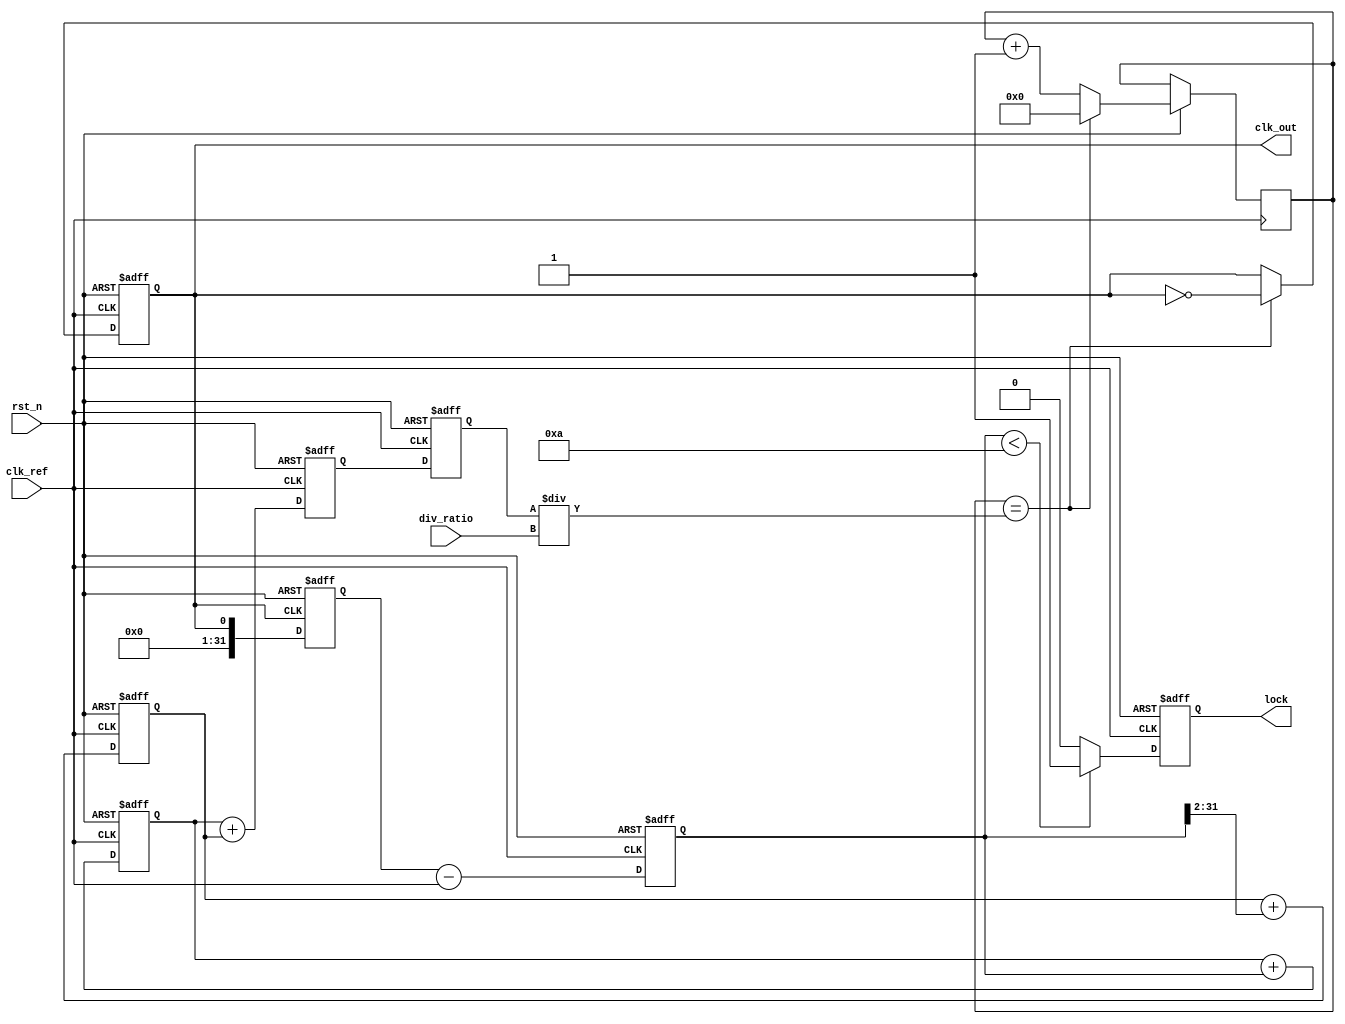
module dual_loop_pll (
    input wire clk_ref,          // Reference clock input
    input wire rst_n,           // Active low reset
    input wire [3:0] div_ratio, // Programmable division ratio
    output reg clk_out,         // Output clock
    output reg lock             // Lock indicator
);

    // Internal signals
    reg [31:0] phase_error;     // Phase error signal
    reg [31:0] coarse_filter;   // Coarse loop filter output
    reg [31:0] fine_filter;     // Fine loop filter output
    reg [31:0] vco_control;     // Control voltage for VCO
    reg [31:0] vco_freq;        // VCO frequency
    reg [31:0] feedback;        // Feedback signal from output
    reg [31:0] counter;         // Frequency divider counter

    // Phase Detector (PD)
    always @(posedge clk_ref or negedge rst_n) begin
        if (!rst_n) begin
            phase_error <= 0;
        end else begin
            // Simple phase comparison logic (for demonstration)
            phase_error <= feedback - clk_ref; // Calculate phase error
        end
    end

    // Loop Filter (Coarse and Fine)
    always @(posedge clk_ref or negedge rst_n) begin
        if (!rst_n) begin
            coarse_filter <= 0;
            fine_filter <= 0;
        end else begin
            // Coarse filter (simple integrator)
            coarse_filter <= coarse_filter + phase_error;

            // Fine filter (simple integrator)
            fine_filter <= fine_filter + (phase_error >> 2); // Example scaling
        end
    end

    // Voltage-Controlled Oscillator (VCO)
    always @(posedge clk_ref or negedge rst_n) begin
        if (!rst_n) begin
            vco_control <= 0;
            vco_freq <= 0;
            clk_out <= 0;
        end else begin
            // Control VCO frequency based on loop filter outputs
            vco_control <= coarse_filter + fine_filter;
            vco_freq <= vco_control; // Simplified frequency control

            // Generate output clock (toggle based on VCO frequency)
            if (counter == (vco_freq / div_ratio)) begin
                clk_out <= ~clk_out;
                counter <= 0;
            end else begin
                counter <= counter + 1;
            end
        end
    end

    // Frequency Divider
    always @(posedge clk_out or negedge rst_n) begin
        if (!rst_n) begin
            feedback <= 0;
        end else begin
            feedback <= clk_out; // Feedback from output clock
        end
    end

    // Lock Detection Logic
    always @(posedge clk_ref or negedge rst_n) begin
        if (!rst_n) begin
            lock <= 0;
        end else begin
            // Simple lock detection (example logic)
            if (phase_error < 10) // Threshold for lock condition
                lock <= 1;
            else
                lock <= 0;
        end
    end

endmodule